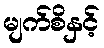
မျက်စိနှင့်